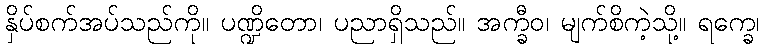
နှိပ်စက်အပ်သည်ကို။ ပဏ္ဍိတော၊ ပညာရှိသည်။ အက္ခီဝ၊ မျက်စိကဲ့သို့။ ရက္ခေ၊